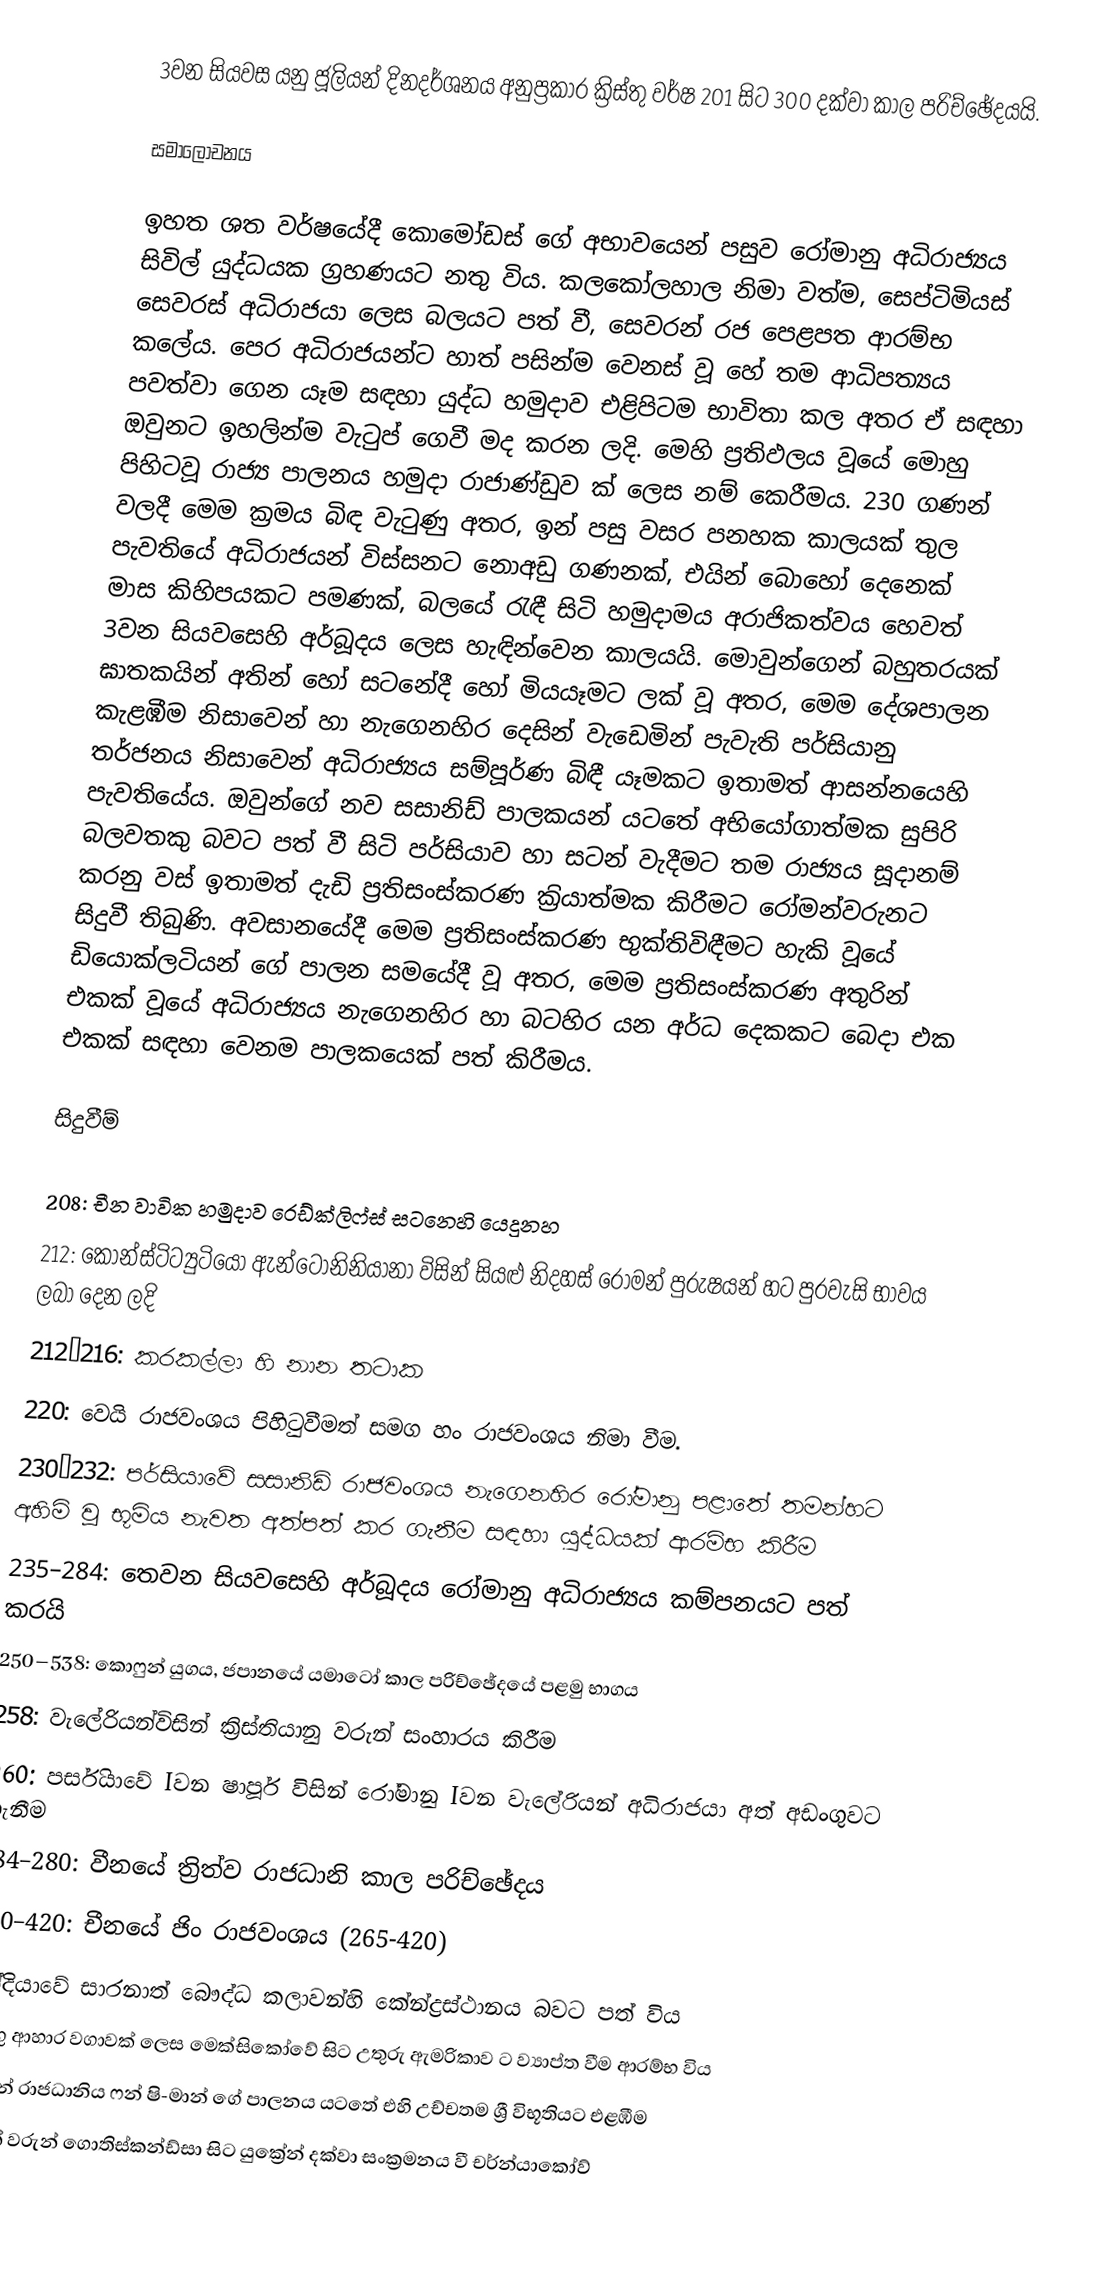
3වන සියවස යනු ජූලියන් දිනදර්ශනය අනුප්‍රකාර ක්‍රිස්තු වර්ෂ 201 සිට 300 දක්වා කාල පරිච්ඡේදයයි.

සමාලෝචනය

ඉහත ශත වර්ෂයේදී කොමෝඩස් ගේ අභාවයෙන් පසුව රෝමානු අධිරාජ්‍යය සිවිල් යුද්ධයක ග්‍රහණයට නතු විය. කලකෝලහාල නිමා වත්ම, සෙප්ටිමියස් සෙවරස් අධිරාජයා ලෙස බලයට පත් වී, සෙවරන් රජ පෙළපත ආරම්භ කලේය. පෙර අධිරාජයන්ට හාත් පසින්ම වෙනස් වූ හේ තම ආධිපත්‍යය පවත්වා ගෙන යෑම සඳහා යුද්ධ හමුදාව එළිපිටම භාවිතා කල අතර ඒ සඳහා ඔවුනට ඉහලින්ම වැටුප් ගෙවී මද කරන ලදි. මෙහි ප්‍රතිඵලය වූයේ මොහු පිහිටවූ රාජ්‍ය පාලනය හමුදා රාජාණ්ඩුව ක් ලෙස නම් කෙරීමය. 230 ගණන් වලදී මෙම ක්‍රමය බිඳ වැටුණු අතර, ඉන් පසු වසර පනහක කාලයක් තුල පැවතියේ අධිරාජයන් විස්සනට නොඅඩු ගණනක්, එයින් බොහෝ දෙනෙක් මාස කිහිපයකට පමණක්, බලයේ රැඳී සිටි හමුදාමය අරාජිකත්වය හෙවත් 3වන සියවසෙහි අර්බූදය ලෙස හැඳින්වෙන කාලයයි. මොවුන්ගෙන් බහුතරයක් ඝාතකයින් අතින් හෝ සටනේදී හෝ මියයෑමට ලක් වූ අතර, මෙම දේශපාලන කැළඹීම නිසාවෙන් හා නැගෙනහිර දෙසින් වැඩෙමින් පැවැති  පර්සියානු තර්ජනය නිසාවෙන් අධිරාජ්‍යය සම්පූර්ණ බිඳී යෑමකට ඉතාමත් ආසන්නයෙහි පැවතියේය. ඔවුන්ගේ නව සසානිඩ් පාලකයන් යටතේ අභියෝගාත්මක සුපිරි බලවතකු බවට පත් වී සිටි පර්සියාව හා සටන් වැදීමට තම රාජ්‍යය සූදානම් කරනු වස් ඉතාමත් දැඩි ප්‍රතිසංස්කරණ ක‍්‍රියාත්මක කිරීමට රෝමන්වරුනට සිදුවී තිබුණි. අවසානයේදී ‍මෙම ප්‍රතිසංස්කරණ භුක්තිවිඳීමට හැකි වූයේ ඩියොක්ලටියන් ගේ පාලන සමයේදී වූ අතර, මෙම ප්‍රතිසංස්කරණ අතුරින් එකක් වූයේ අධිරාජ්‍යය නැගෙනහිර හ‍ා බටහිර යන අර්ධ දෙකකට බෙදා එක එකක් සඳහා වෙනම පාලකයෙක් පත් කිරීමය.

සිදුවීම්

 208: චීන වාවික හමුදාව   රෙඩ්ක්ලිෆ්ස් සටනෙහි යෙදුනහ
 212: කොන්ස්ටිට්‍යුටියෝ ඇන්ටෝනිනියානා විසින් සියළු නිදහස් රෝමන් පුරුෂයන් හට පුරවැසි භාවය ලබා දෙන ලදි
 212–216: කරකල්ලා හි නාන තටාක
 220: වෙයි රාජවංශය පිහිටුවීමත් සමග හං රාජවංශය නිමා වීම.
 230–232: පර්සියාවේ සසානිඩ් රාජවංශය නැගෙනහිර රෝමානු පළාතේ තමන්හට අහිමි වූ භූමිය නැවත අත්පත් කර ගැනීම සඳහා යුද්ධයක් ආරම්භ කිරීම
 235–284: තෙවන සියවසෙහි අර්බූදය රෝමානු අධිරාජ්‍යය කම්පනයට පත් කරයි
 250–538: කොෆුන් යුගය, ජපානයේ යමාටෝ කාල පරිච්ඡේදයේ පළමු භාගය
 258: වැලේරියන්විසින්  ක්‍රිස්තියානු වරුන් සංහාරය කිරීම
 260: පර්සි‍යාවේ Iවන ෂාපූර් විසින් රෝමානු Iවන වැලේරියන් අධිරාජයා අත් අඩංගුවට ගැනීම
 184–280: වීනයේ ත්‍රිත්ව රාජධානි කාල පරිච්ඡේදය
 280–420: චීනයේ ජිං රාජවංශය (265-420)
 ඉන්දියාවේ සාරනාත් බෞද්ධ කලාවන්හි කේන්ද්‍රස්ථානය බවට පත් විය
 තිරිඟු ආහාර වගාවක් ලෙස මෙක්සිකෝවේ සිට උතුරු ඇමරිකාව ට ව්‍යාප්ත වීම ආරම්භ විය
 ෆුනාන් රාජධානිය  ෆන් ෂි-මාන් ගේ පාලනය යටතේ එහි උච්චතම ශ්‍රී විභූතියට එළඹීම
 ගොත් වරුන් ගොතිස්කන්ඩ්සා සිට යුක්‍රේන් දක්වා සංක්‍රමනය වී චර්න්යාකෝව්